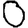
Digit: 0